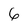
Character: 6